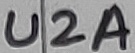
Text: U2A